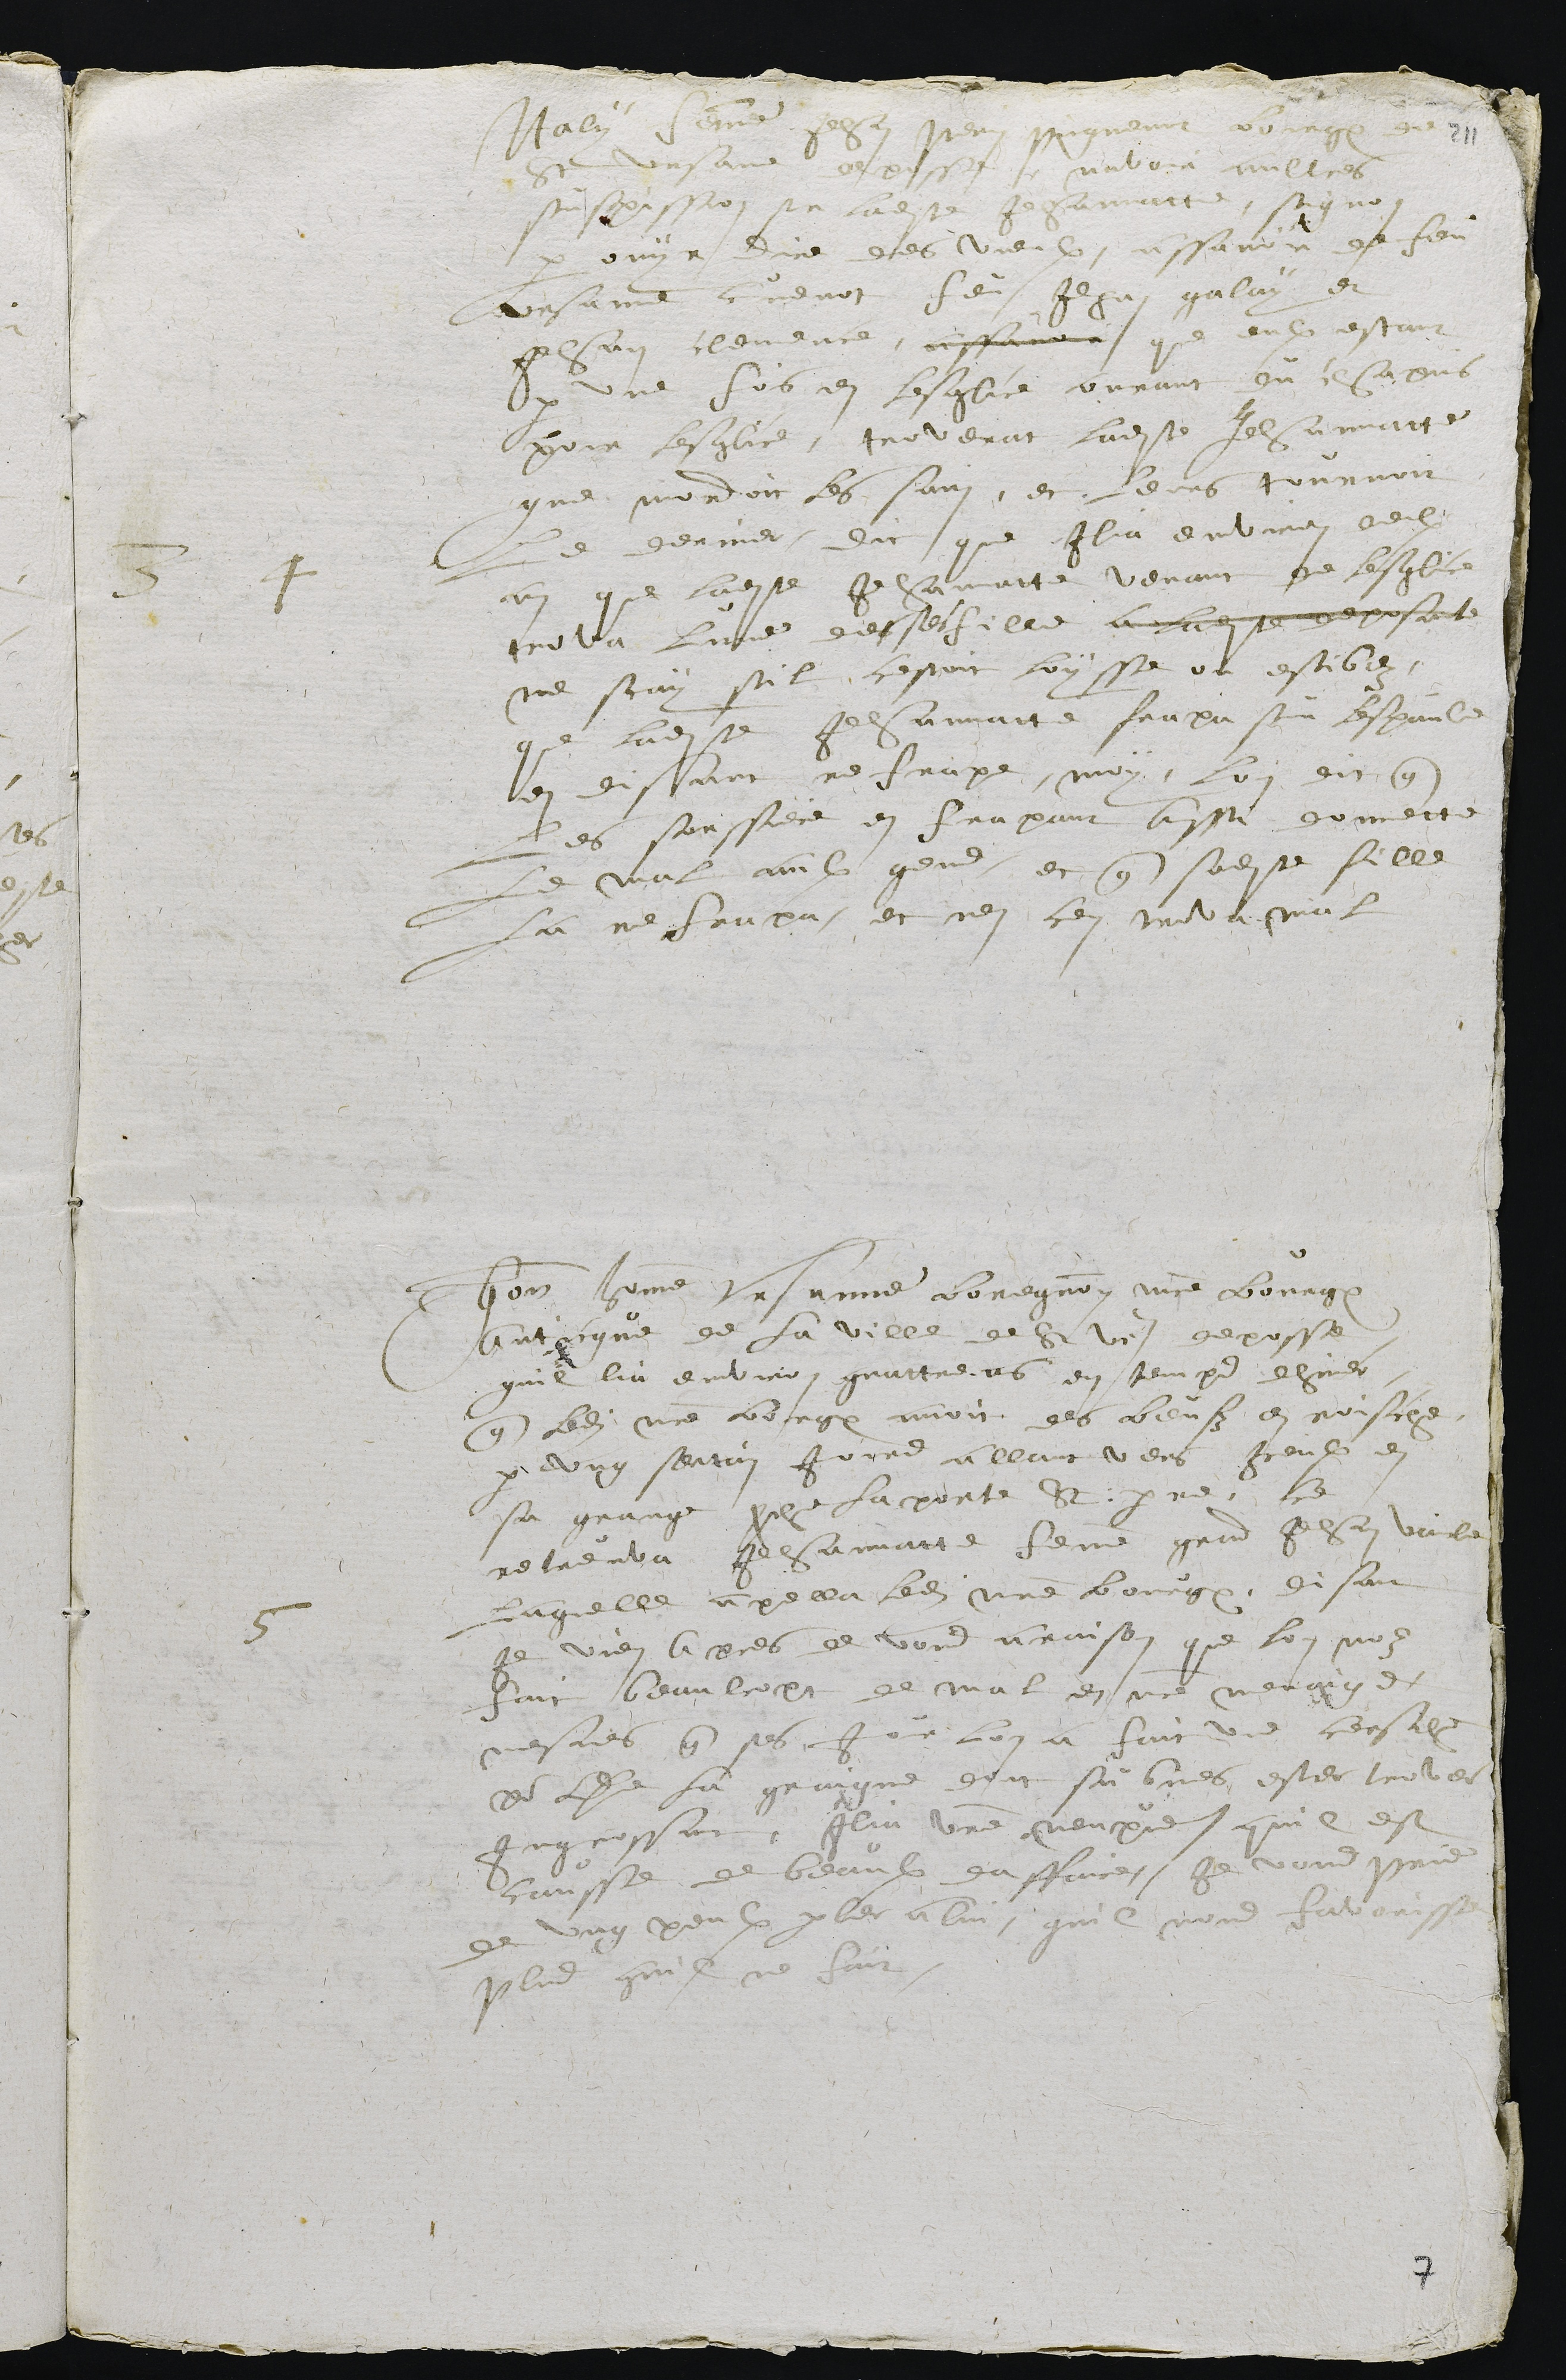
3 4
Italy femme Jehan Perin Picquenot bourgeois de
St Ursane deposse navoir aultres
suspission sur ladite Jehannatte, signo
par ouyr dire des vieulx, assavoir de feu
Ursanne Cuenot feu Jehan galay et
Jehan clemence, assavoir que eulx estant
par une fois en lesglise ovrant du chapus
pour lesglise, troverent ladite Jehannatte
que mordoit les sain, et leurs tournoit
le derrier, dit que Ilia environ deulx
ans que ladite Jehannatte venant de lesglise
trova lune des ses filles, a laquelle deposante
ne scay sil cestoit loysse ou estibez,
que ladite Jehannatte frapa sur lespaule
en disant ne frape moi, lui dit que
les sorssiere en frapant ainsi donnent
le mal aulx gens, et que sadite fille
la ne frapa, et nen cen trova mal
Honorable homme Ursanne Boregnon, maistre bourgeois
anticque de la ville de St Ursanne, deposse
quil lia environ quattre ans en temps dhiver
que ledit maistre bourgeois avoit des beufz en roische.
par ung sertain jours allant vers iceulx en
sa grange proche la porte St : Pierre, ce
retreuva Jehannatte femme grand Jehan Vaicle,
laquelle apella ledit maistre bourgeois, disant
Je vien apres de vous a raison que lon noz
fait beaulcopt de mal en nostre menaige,
mesmes que ses jor lon a fait une cersche
pour de la graigne dont sur bnes ester trover
ingrossant, Ilia unne venpre quil est
causse de beaux daffaire. Je vous prie
de ung peulx parler a lui, quil nous favorisse
plus quil ne fait.